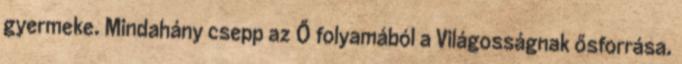
gyermeke. Mindahány csepp az Ő folyamából a Világosságnak ősforrása.